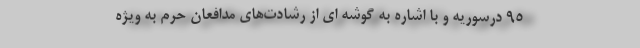
۹۵ درسوریه و با اشاره به گوشه ای از رشادت‌های مدافعان حرم به ویژه